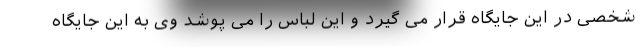
شخصی در این جایگاه قرار می گیرد و این لباس را می پوشد وی به این جایگاه